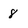
Character: 8